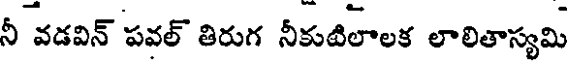
నీ వడవిన్ పవల్ తిరుగ నీకుటిలాలక లాలితాస్యమి